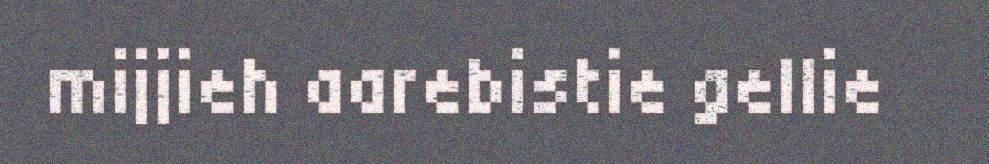
mijjieh aarebistie gellie